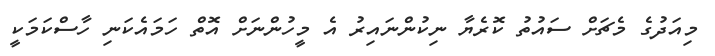
މިއަދުގެ މެޗަށް ސައުތު ކޮރެޔާ ނިކުންނައިރު އެ މީހުންނަށް އޮތް ހަމައެކަނި ހާސްކަމަކީ